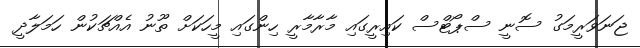
ޖަނަވަރީމަގު ސޮނީ ސްޕޯޓްސް ކައިރީގައި މާރާމާރީ ހިންގައި މީހަކަށް ތޫނު އެއްޗަކުން ހަމަލާދީ